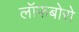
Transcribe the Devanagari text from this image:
लॉफबोरो